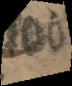
100